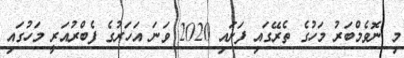
މި ނޮވެމްބަރު މަހުގެ ތެރޭގައި ފަށައި 2020 ވަނަ އަހަރުގެ ފެބްރުއަރީ މަހުގައި